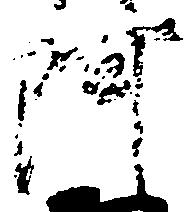
阿